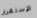
الإستقرار